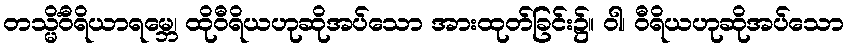
တသ္မိံဝီရိယာရမ္ဘေ၊ ထိုဝီရိယဟုဆိုအပ်သော အားထုတ်ခြင်း၌။ ဝါ၊ ဝီရိယဟုဆိုအပ်သော